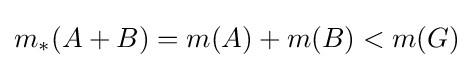
m_{*}(A+B)=m(A)+m(B)<m(G)